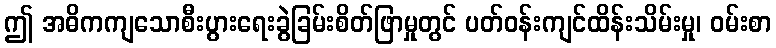
ဤ အဓိကကျသောစီးပွားရေးခွဲခြမ်းစိတ်ဖြာမှုတွင် ပတ်ဝန်းကျင်ထိန်းသိမ်းမှု၊ ဝမ်းစာ